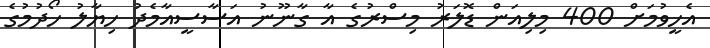
އެހީވުމަށް 400 މިލިއަން ޑޮލަރު މިސްރުގެ އާ ގާނޫނު އަސާސީއާމެދު ހިޔާލު ހޯދުމުގެ